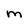
Character: M